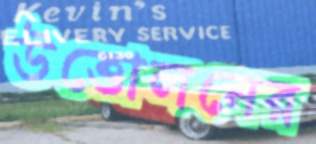
উত্তোলনের